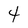
Character: 4